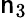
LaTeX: \mathsf{n}_{3}